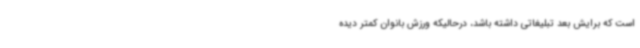
است که برایش بعد تبلیغاتی داشته باشد، درحالیکه ورزش بانوان کمتر دیده